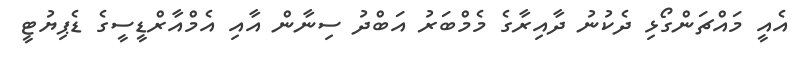
އެއީ މައްޗަންގޯޅި ދެކުނު ދާއިރާގެ މެމްބަރު އަބްދު ސިނާން އާއި އެމްއާރްޑީސީގެ ޑެޕިޔުޓީ